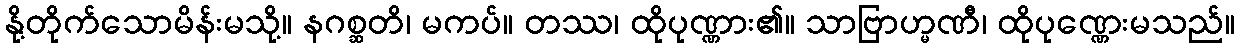
နို့တိုက်သောမိန်းမသို့။ နဂစ္ဆတိ၊ မကပ်။ တဿ၊ ထိုပုဏ္ဏား၏။ သာဗြာဟ္မဏီ၊ ထိုပုဏ္ဏေးမသည်။